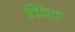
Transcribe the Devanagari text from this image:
किंत